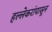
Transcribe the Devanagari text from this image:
हल्लेकरांपासून